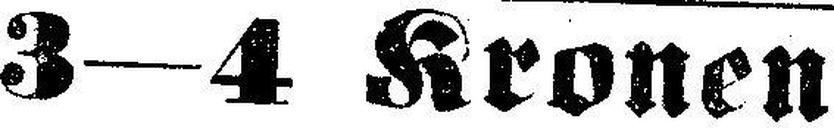
3—4 Kronen